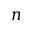
n